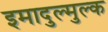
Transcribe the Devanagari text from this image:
इमादुल्मुल्क